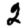
Digit: 2